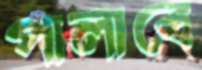
পালাবে